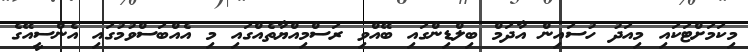
މިކަމަށްޓަކައި މިއަދު ހުސައިން އާދަމް ބިލްޑިންގައި ބޭއްވި ރަސްމިއްޔާތެއްގައި މި އެއްބަސްވުމުގައި އެންސީއޭގެ